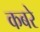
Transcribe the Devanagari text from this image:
कबरे